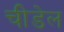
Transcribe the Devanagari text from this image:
चीडेल